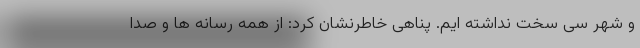
و شهر سی سخت نداشته ایم. پناهی خاطرنشان کرد: از همه رسانه ها و صدا